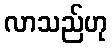
လာသည်ဟု